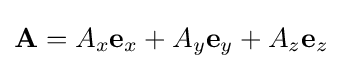
\mathbf {A} =A_{x}\mathbf {e} _{x}+A_{y}\mathbf {e} _{y}+A_{z}\mathbf {e} _{z}